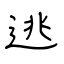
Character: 逃